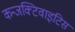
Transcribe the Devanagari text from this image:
कन्जक्टिवाइटिस